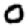
Digit: 0